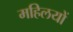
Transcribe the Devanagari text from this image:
महिलयों